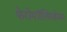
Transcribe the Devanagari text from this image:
फेरोमॉलिब्डेनम